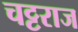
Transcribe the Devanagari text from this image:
चट्टराज